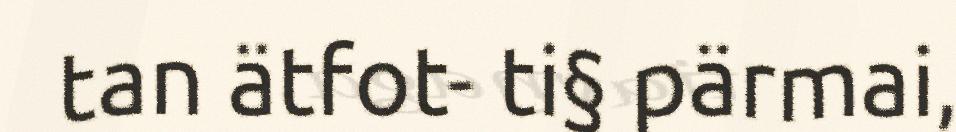
tan ätfot- ti§ pärmai,